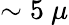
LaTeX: \sim 5~\mu